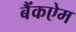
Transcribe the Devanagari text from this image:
बैंकऐम